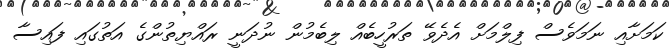
ކަމަށާއި ނަމަވެސް ފިލްމަށް އެދެވޭ ތަރުހީބެއް ލިބެމުން ނުދަނީ ރައްޔިތުންގެ އަތުގައި ފައިސާ